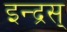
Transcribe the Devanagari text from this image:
इन्द्रस्